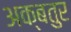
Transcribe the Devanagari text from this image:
अक्बतुर